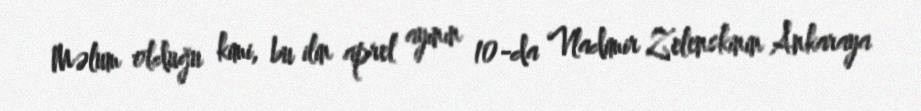
Məlum olduğu kimi, bu ilin aprel ayının 10-da Vladimir Zelenskinin Ankaraya